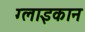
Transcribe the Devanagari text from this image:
ग्लाइकान